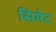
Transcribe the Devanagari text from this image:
सिमेट